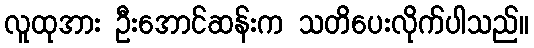
လူထုအား ဦးအောင်ဆန်းက သတိပေးလိုက်ပါသည်။